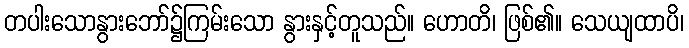
တပါးသောနွားဘော်၌ကြမ်းသော နွားနှင့်တူသည်။ ဟောတိ၊ ဖြစ်၏။ သေယျထာပိ၊